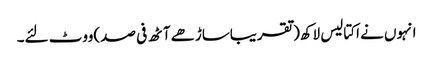
انہوں نے اکتالیس لاکھ(تقریباساڑھے آٹھ فی صد)ووٹ لئے۔